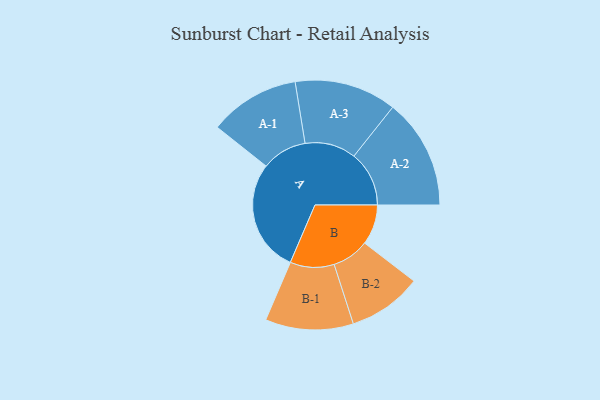
{"axis": {"x": "Segment", "y": "Value"}, "legend": ["", "A", "B"], "data": [{"x": "A", "y": 435, "type": ""}, {"x": "B", "y": 155, "type": ""}, {"x": "A-1", "y": 175, "type": "A"}, {"x": "A-2", "y": 213, "type": "A"}, {"x": "A-3", "y": 197, "type": "A"}, {"x": "B-1", "y": 170, "type": "B"}, {"x": "B-2", "y": 143, "type": "B"}]}